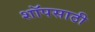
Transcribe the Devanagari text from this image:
शॉपसाठी